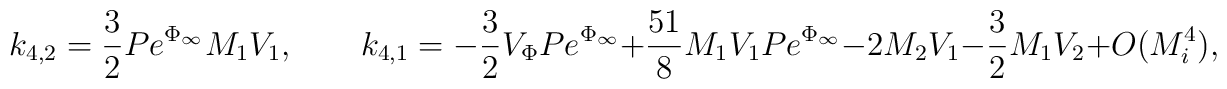
k_{4,2}=\frac{3}{2} P e^{\Phi_{\infty}} M_1 V_1, \qquad k_{4,1}=-\frac{3}{2}V_{\Phi} P e^{\Phi_{\infty}}+\frac{51}{8} M_1 V_1 P e^{\Phi_{\infty}}-2  M_2 V_1 -\frac{3}{2} M_1 V_2 + O(M_i^4),\\[2mm]